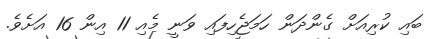
ބައި ކުރިއަށް ގެންދަން ހަމަޖެހިފައި ވަނީ މެއި 11 އިން 16 އަށެވެ.